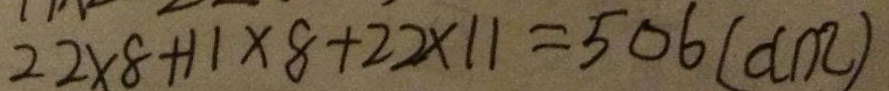
2 2 \times 8 + 1 1 \times 8 + 2 2 \times 1 1 = 5 0 6 ( d m )